Document type: Sale
Year: 1275
Scribe: Salvador de Baiona
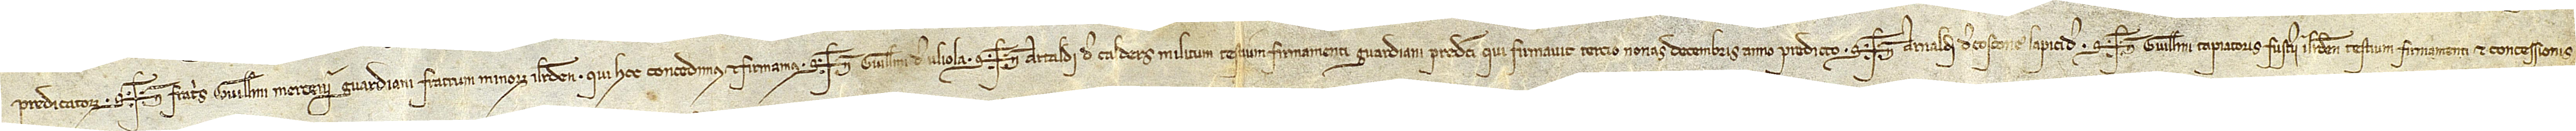
predicatorum, Sig+num fratris Guillelmi Mercerii, guardiani fratrum minorum, Ilerdensis, qui hoc concedimus et firmamus. Sig+num Guillelmi de Uliola, Sig+num Artaldi de Calders, militum, testium firmamenti guardiani predicti, qui firmavit tercio nonas decembris, anno predicto. Sig+num Arnaldi de Coscone, lapicide, Sig+num Guillelmi Tapiatoris, fusterii, Ilerdensis, testium firmamenti et concessionis